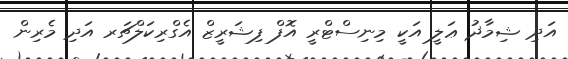
އަދި ޝިމާޛު ޢަލީ އަކީ މިނިސްޓްރީ އޮފް ފިޝަރީޒް އެގްރިކަލްޗަރ އަދި މެރިން